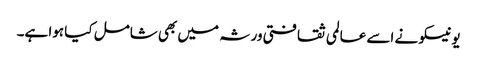
یونیسکو نے اسے عالمی ثقافتی ورثہ میں بھی شامل کیا ہوا ہے۔